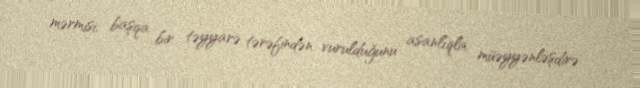
mərmisi, başqa bir təyyarə tərəfindən vurulduğunu asanlıqla müəyyənləşdirə